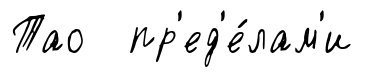
Тао пр'ед'е́лам'и